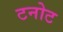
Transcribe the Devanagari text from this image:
टनोट